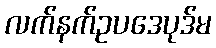
လက်နက်ဥပဒေပုဒ်မ